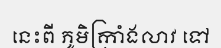
នេះពី ភូមិក្រាំងលាវ ទៅ